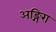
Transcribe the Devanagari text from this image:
अङ्गिरा